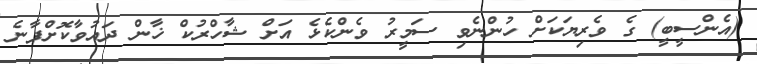
(އެންސީބީ) ގެ ވެރިޔަކަށް ހުންނެވި ސަމީރު ވެންކެޅެ އަށް ޝާހްރުކް ޚާން ދައުވާކޮށްފާނެ